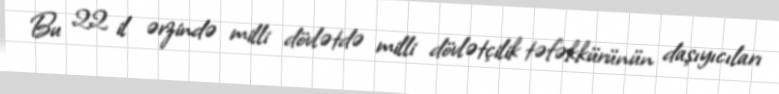
Bu 22 il ərzində milli dövlətdə milli dövlətçilik təfəkkürünün daşıyıcıları